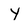
Character: y